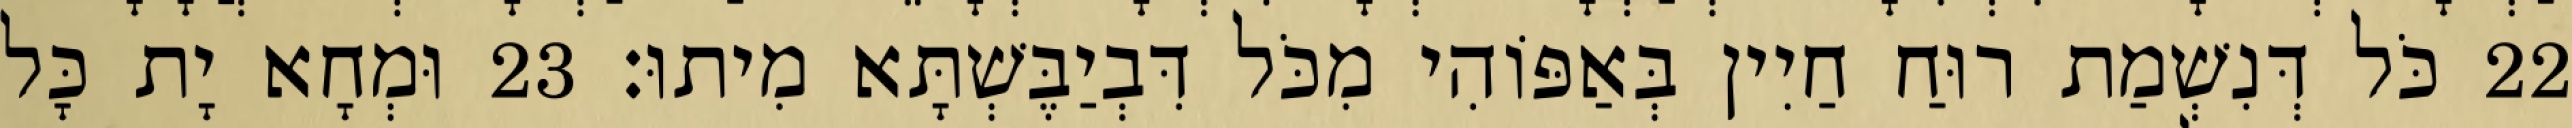
22 כֹּל דְּנִשְׁמַת רוּחַ חַיִין בְּאַפּוֹהִי מִכֹּל דִּבְיַבֶּשְׁתָּא מִיתוּ׃ 23 וּמְחָא יָת כָּל